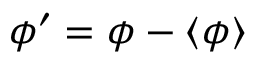
\phi ^ { \prime } = \phi - \langle \phi \rangle